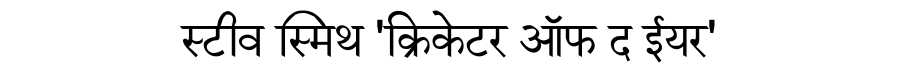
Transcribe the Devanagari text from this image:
स्टीव स्मिथ 'क्रिकेटर ऑफ द ईयर'